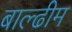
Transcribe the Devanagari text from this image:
बाल्ढीम